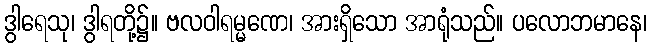
ဒွါရေသု၊ ဒွါရတို့၌။ ဗလဝါရမ္မဏေ၊ အားရှိသော အာရုံသည်။ ပလောဘမာနေ၊